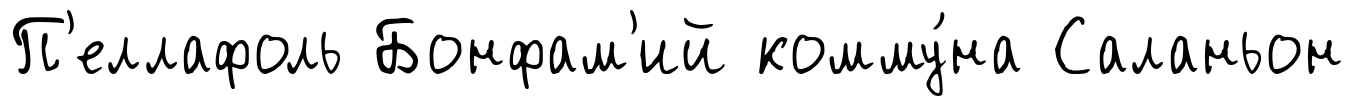
П'еллафоль Бонфам'ий комму́на Саланьон